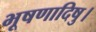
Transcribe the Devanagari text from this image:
भूषणादिषु।